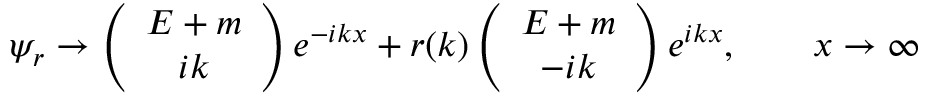
\psi _ { r } \to \left( \begin{array} { c } { { E + m } } \\ { { i k } } \end{array} \right) e ^ { - i k x } + r ( k ) \left( \begin{array} { c } { { E + m } } \\ { { - i k } } \end{array} \right) e ^ { i k x } , \qquad x \to \infty